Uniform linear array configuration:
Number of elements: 12
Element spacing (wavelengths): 0.25
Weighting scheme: hann
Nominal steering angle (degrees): -60
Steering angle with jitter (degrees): -61.362
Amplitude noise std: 0.05
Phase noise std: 0.05

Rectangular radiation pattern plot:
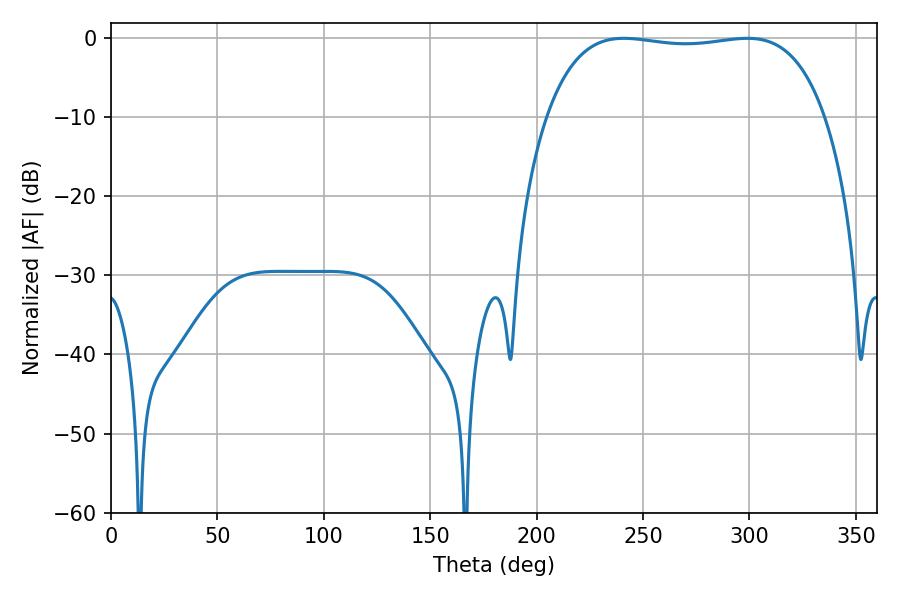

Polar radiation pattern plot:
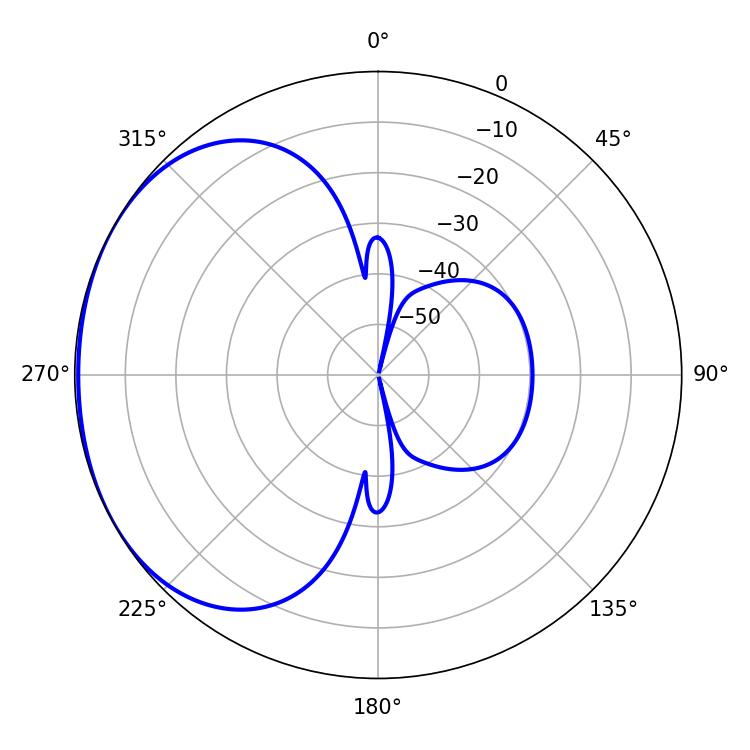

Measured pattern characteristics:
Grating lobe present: FALSE
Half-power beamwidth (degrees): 104.04
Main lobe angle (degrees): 241.02